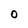
Character: O